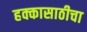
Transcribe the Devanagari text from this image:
हक्कासाठीचा